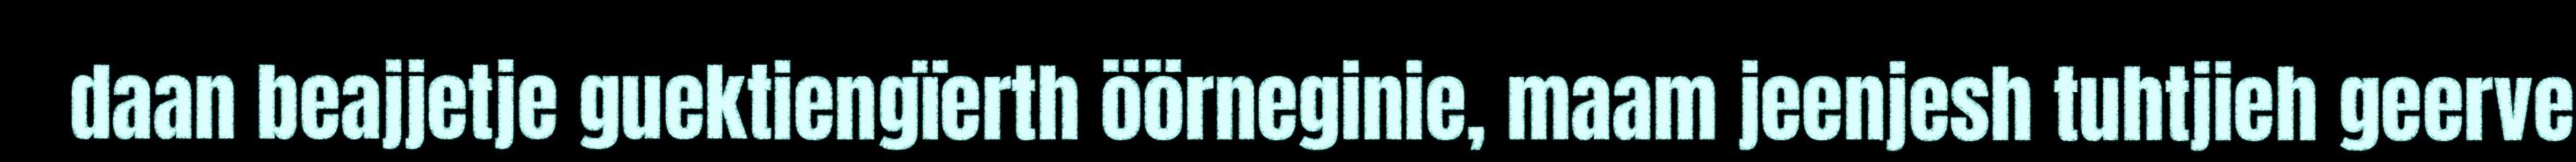
daan beajjetje guektiengïerth öörneginie, maam jeenjesh tuhtjieh geerve